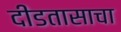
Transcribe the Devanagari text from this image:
दीडतासाचा